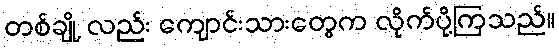
တစ်ချို့ လည်း ကျောင်းသားတွေက လိုက်ပို့ကြသည်။